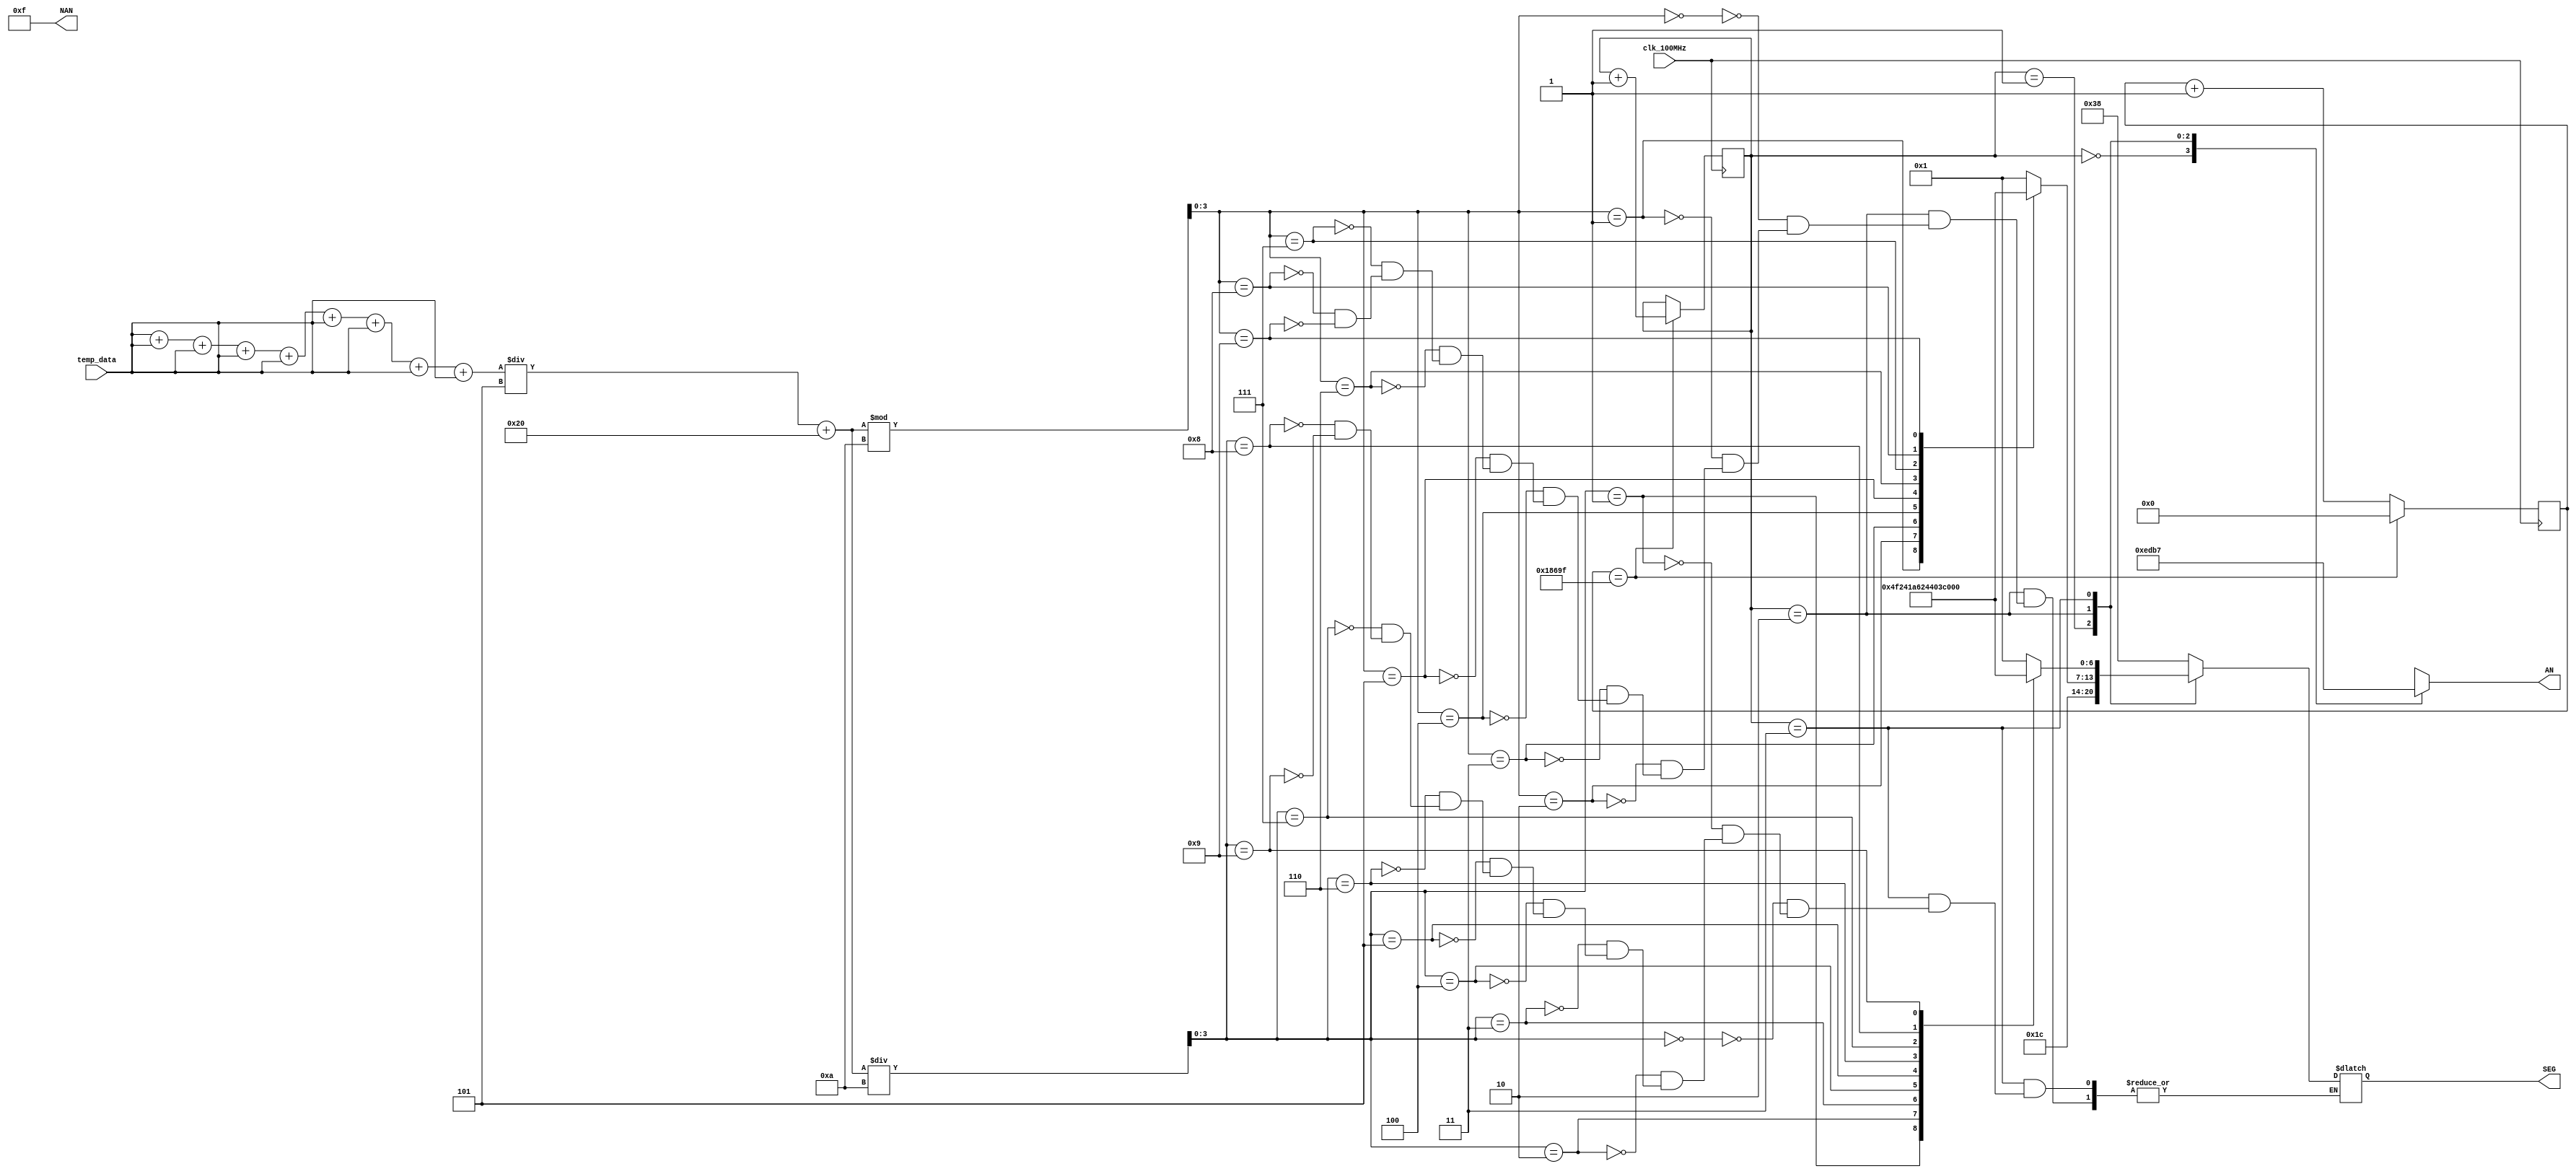
`timescale 1ns / 1ps
// Created by David J. Marion
// Date 7.19.2022
// 7 Segment Control for the Nexys A7 Temperature Sensor

module seg7(
    input clk_100MHz,               // Nexys A7 clock
    input  [7:0] temp_data,          // Temp data from i2c master
    output reg [6:0] SEG,           // 7 Segments of Displays
    output reg [3:0] NAN = 4'hF,    // 4 Anodes of 8 turned OFF
    output reg [3:0] AN             // 4 Anodes of 8 to display Temp
    );

    //must convert from binary celcius to binary farenheit
    //equation in decimal -->(__C  9/5) + 32 = F
    wire [7:0] far_temp; 
    assign far_temp = ((temp_data + temp_data + temp_data + temp_data + temp_data + temp_data + temp_data + temp_data + temp_data) / 8'b0000_0101 ) + 8'b0010_0000; 
  
     
    
    
    
    // Binary to BCD conversion of temperature data
    wire [3:0] tens, ones;
    assign tens = far_temp / 10;           // Tens value of temp data
    assign ones = far_temp % 10;           // Ones value of temp data
    
    // Parameters for segment patterns
    parameter ZERO  = 7'b000_0001;  // 0
    parameter ONE   = 7'b100_1111;  // 1
    parameter TWO   = 7'b001_0010;  // 2 
    parameter THREE = 7'b000_0110;  // 3
    parameter FOUR  = 7'b100_1100;  // 4
    parameter FIVE  = 7'b010_0100;  // 5
    parameter SIX   = 7'b010_0000;  // 6
    parameter SEVEN = 7'b000_1111;  // 7
    parameter EIGHT = 7'b000_0000;  // 8
    parameter NINE  = 7'b000_0100;  // 9
    parameter DEG   = 7'b001_1100;  // degrees symbol
    parameter F     = 7'b011_1000;  // F -- testing this one 
    
    // To select each digit in turn
    reg [1:0] anode_select;         // 2 bit counter for selecting each of 4 digits
    reg [16:0] anode_timer;         // counter for digit refresh
    
    // Logic for controlling digit select and digit timer
    always @(posedge clk_100MHz) begin
        // 1ms x 4 displays = 4ms refresh period
        if(anode_timer == 99_999) begin         // The period of 100MHz clock is 10ns (1/100,000,000 seconds)
            anode_timer <= 0;                   // 10ns x 100,000 = 1ms
            anode_select <=  anode_select + 1;
        end
        else
            anode_timer <=  anode_timer + 1;
    end
    
    // Logic for driving the 4 bit anode output based on digit select
    always @(anode_select) begin
        case(anode_select) 
            2'b00 : AN = 4'b1110;   // Turn on ones digit
            2'b01 : AN = 4'b1101;   // Turn on tens digit
            2'b10 : AN = 4'b1011;   // Turn on hundreds digit
            2'b11 : AN = 4'b0111;   // Turn on thousands digit
        endcase
    end
    
    always @*
        case(anode_select)
            2'b00 : SEG = F;    // Set to F for Celsuis
                        
            2'b01 : SEG = DEG;  // Set to degrees symbol
                    
            2'b10 : begin       // TEMPERATURE ONES DIGIT
                        case(ones)
                            4'b0000 : SEG = ZERO;
                            4'b0001 : SEG = ONE;
                            4'b0010 : SEG = TWO;
                            4'b0011 : SEG = THREE;
                            4'b0100 : SEG = FOUR;
                            4'b0101 : SEG = FIVE;
                            4'b0110 : SEG = SIX;
                            4'b0111 : SEG = SEVEN;
                            4'b1000 : SEG = EIGHT;
                            4'b1001 : SEG = NINE;
                        endcase
                    end
                    
            2'b11 : begin       // TEMPERATURE TENS DIGIT
                        case(tens)
                            4'b0000 : SEG = ZERO;
                            4'b0001 : SEG = ONE;
                            4'b0010 : SEG = TWO;
                            4'b0011 : SEG = THREE;
                            4'b0100 : SEG = FOUR;
                            4'b0101 : SEG = FIVE;
                            4'b0110 : SEG = SIX;
                            4'b0111 : SEG = SEVEN;
                            4'b1000 : SEG = EIGHT;
                            4'b1001 : SEG = NINE;
                        endcase
                    end
        endcase
    
endmodule